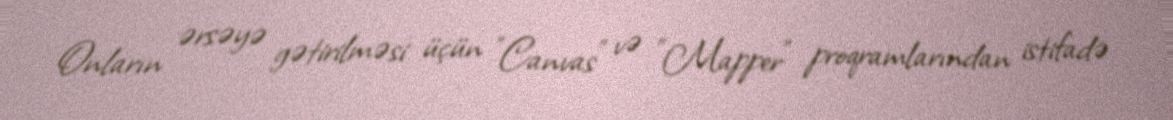
Onların ərsəyə gətirilməsi üçün "Canvas" və "Mapper" proqramlarından istifadə